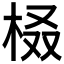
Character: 𣑚